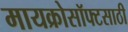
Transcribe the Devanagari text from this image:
मायक्रोसॉफ्टसाठी